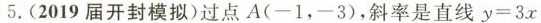
5.(2019届开封模拟)过点A(-1，-3)，斜率是直线$$y = 3 x$$